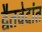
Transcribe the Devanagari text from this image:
द्वैतवेदांत